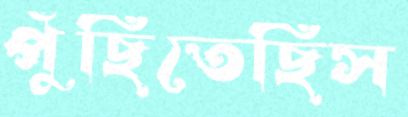
পুঁছিতেছিস